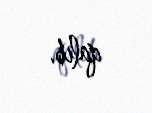
qalıb.